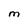
Character: M